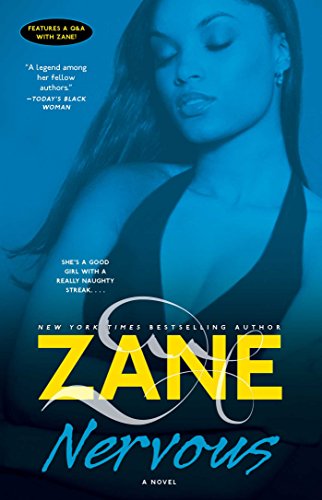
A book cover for Nervous: A Novel; Zane; Romance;